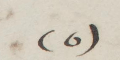
(٥)